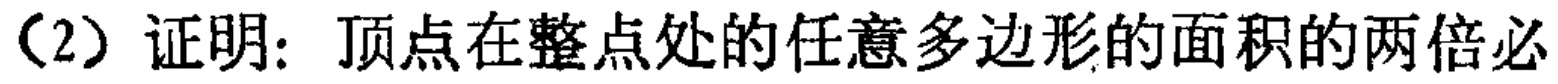
（2）证明：顶点在整点处的任意多边形的面积的两倍必